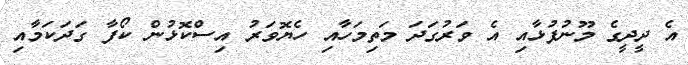
އެ ދީދީގެ މޫނުފުޅާއި އެ ވަރުގަދަ މަތިމަހާއި ހެޔޮވަރު އިސްކޮޅުން ކޯފާ ގަދަކަމާއި